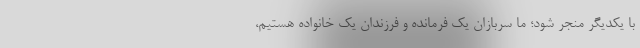
با یکدیگر منجر شود؛ ما سربازان یک فرمانده و فرزندان یک خانواده هستیم،